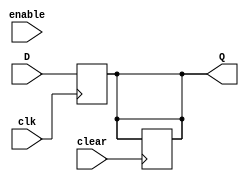
//Design the registers R0 to R15, PC, IR, Y, Z, MAR, HI, and LO
//Use the following template for each register
//The registers are 32 bits wide

module REG_32(
    input clk,
    input clear,
    input enable,
    input wire [31:0] D,
    output reg[31:0] Q
);
    always @(posedge clear) begin
		if (clear == 0) begin 
			Q<=0;
		end
	end
	
		always@(posedge clk)
		begin
			Q<=D;
	 end
endmodule